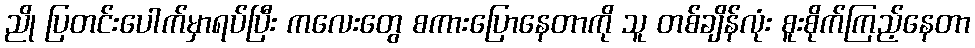
ညို ပြတင်းပေါက်မှာရပ်ပြီး ကလေးတွေ စကားပြောနေတာကို သူ တစ်ချိန်လုံး စူးစိုက်ကြည့်နေတာ